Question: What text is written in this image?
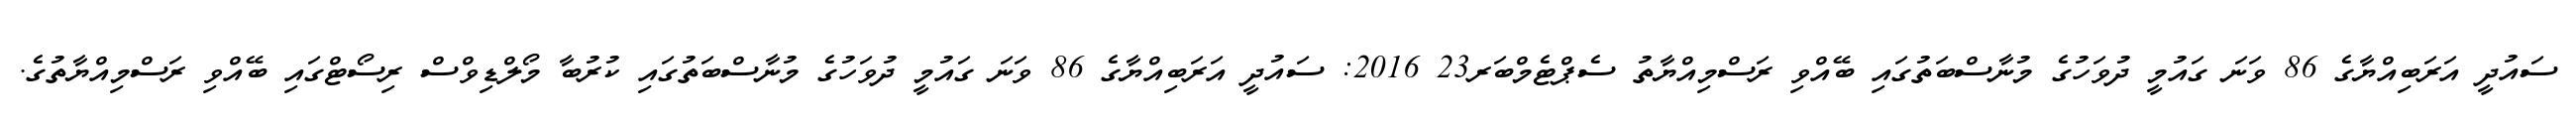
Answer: ސައުދީ އަރަބިއްޔާގެ 86 ވަނަ ގައުމީ ދުވަހުގެ މުނާސްބަތުގައި ބޭއްވި ރަސްމިއްޔާތު ސެޕްޓެމްބަރ23 2016: ސައުދީ އަރަބިއްޔާގެ 86 ވަނަ ގައުމީ ދުވަހުގެ މުނާސްބަތުގައި ކުރުބާ މޯލްޑިވްސް ރިސޯޓްގައި ބޭއްވި ރަސްމިއްޔާތުގެ.